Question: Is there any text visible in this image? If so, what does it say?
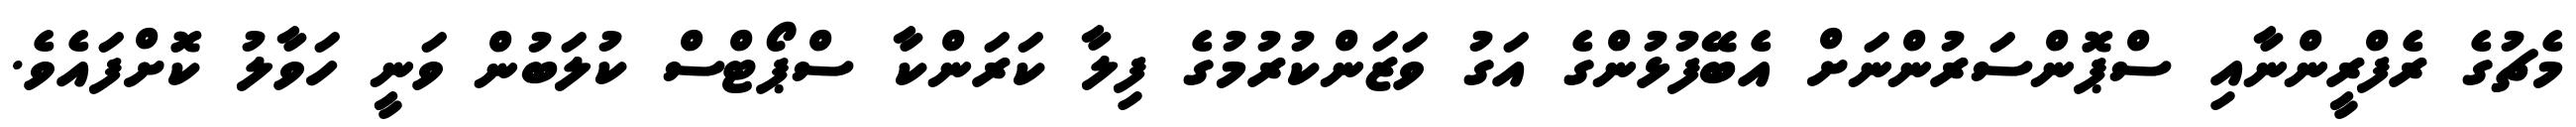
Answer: މެޗުގެ ރެފްރީންނާއި ސްޕޮންސަރުންނަށް އެބޭފުޅުންގެ އަގު ވަޒަންކުރުމުގެ ފިލާ ކަރަންކާ ސްޕޯޓްސް ކުލަބުން ވަނީ ހަވާލު ކޮށްފައެވެ.